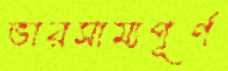
ভারসাম্যপূর্ণ